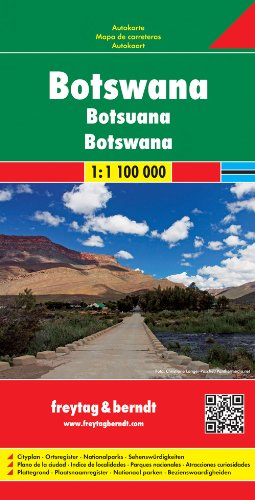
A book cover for Botswana Road Map 1:1.1M FB (English, Spanish, French, Italian and German Edition); Freytag Berndt; Travel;